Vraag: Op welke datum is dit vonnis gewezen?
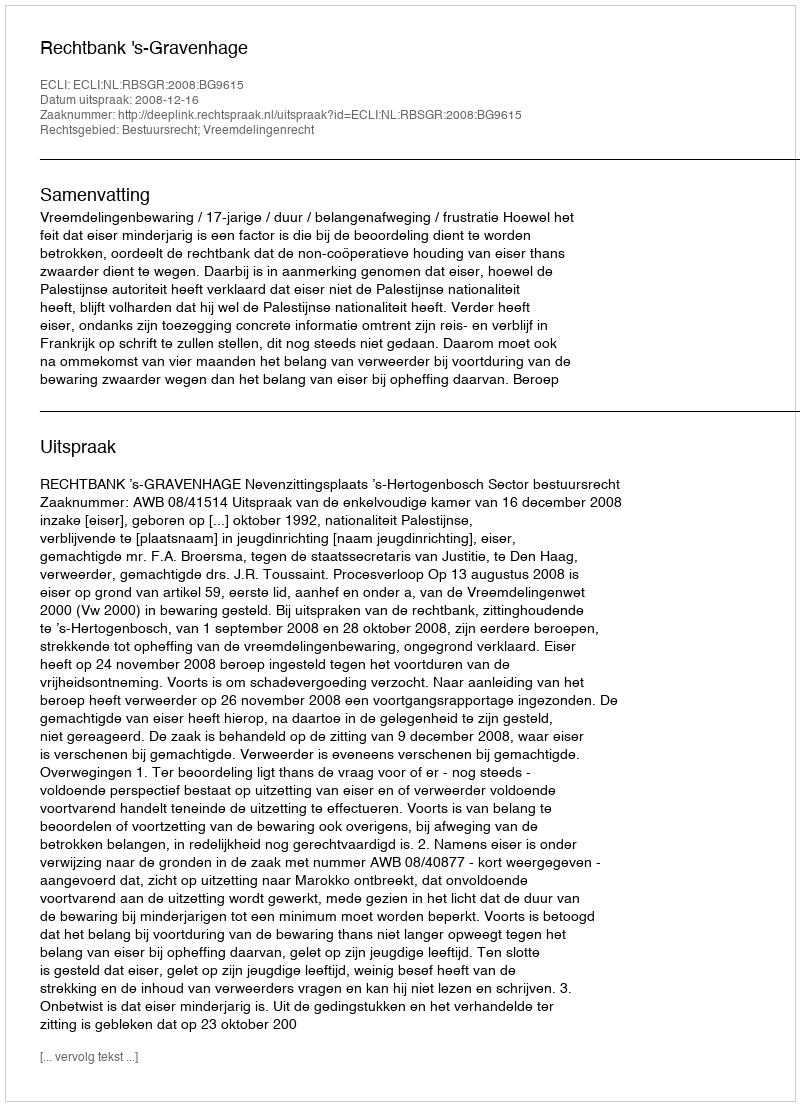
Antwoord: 2008-12-16